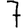
Digit: 7